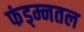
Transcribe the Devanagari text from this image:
फंड्म्नतल